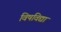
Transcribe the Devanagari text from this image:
विषविद्या